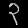
Digit: ၃